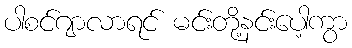
ပါစင်ဂျာလာရင် မင်းတို့နင်းပေါ့ကွာ